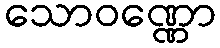
သောဝဏ္ဏော